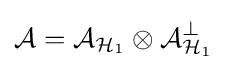
{\mathcal {A}}={\mathcal {A}}_{{\mathcal {H}}_{1}}\otimes {\mathcal {A}}_{{\mathcal {H}}_{1}}^{\perp }